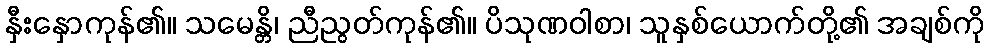
နှီးနှောကုန်၏။ သမေန္တိ၊ ညီညွတ်ကုန်၏။ ပိသုဏဝါစာ၊ သူနှစ်ယောက်တို့၏ အချစ်ကို